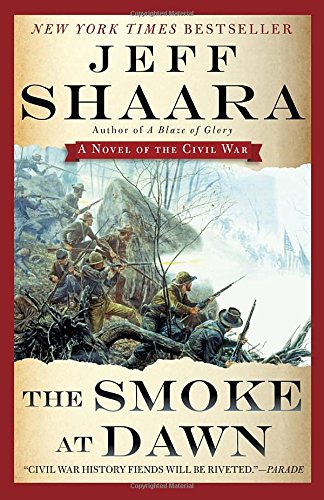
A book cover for The Smoke at Dawn: A Novel of the Civil War (the Civil War in the West); Jeff Shaara; Literature & Fiction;